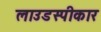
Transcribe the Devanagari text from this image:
लाउडस्पीकार